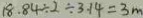
1 8 . 8 4 \div 2 \div 3 . 1 4 = 3 m